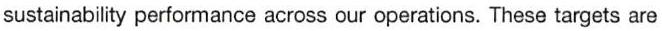
sustainability performance across our operations. These targets are